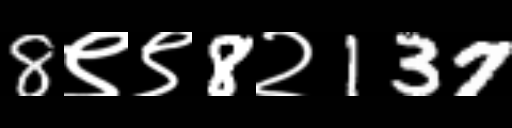
Text: 8९९8२137